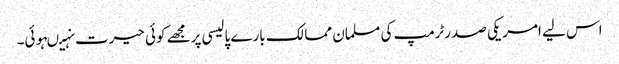
اس لیے امریکی صدرٹرمپ کی مسلمان ممالک بارے پالیسی پرمجھے کوئی حیرت نہیںہوئی۔